Annual administration and progress report of the Indian Medical Department, Bombay
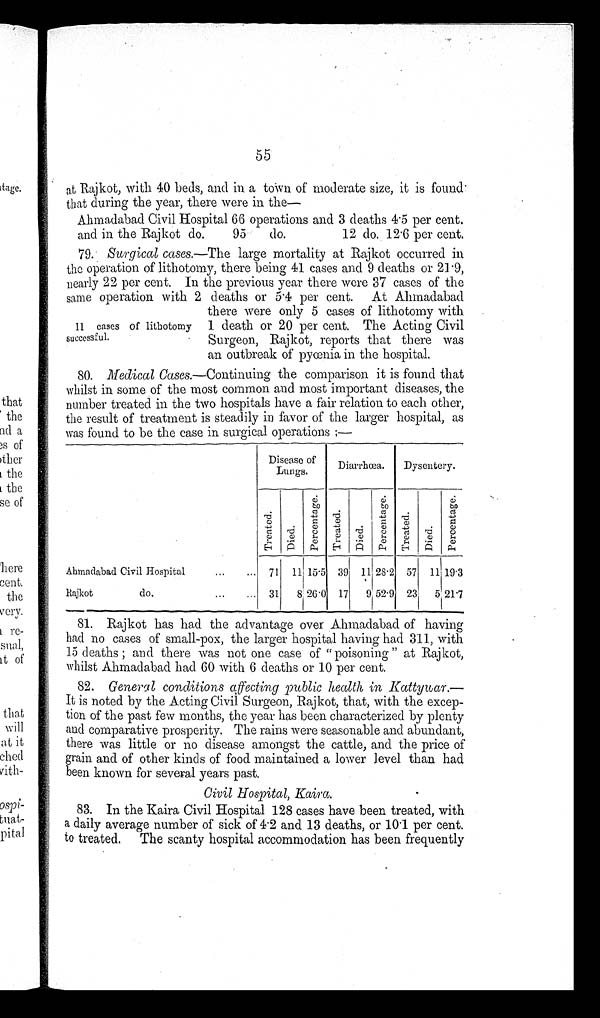
55
at Rajkot, with 40 beds, and in a town of moderate size, it is found
that during the year, there were in the—
Ahmadabad Civil Hospital 66 operations and 3 deaths 4.5 per cent.
and in the Rajkot do.
95
do.
12 do. 12.6
per cent.
79.
Surgical cases.—The large mortality at Rajkot occurred in
the operation of lithotomy, there being 41 cases and 9 deaths or 21.9,
nearly 22 per cent. In the previous year there were 37 cases of the
same operation with 2 deaths or 5.4 per cent. At Ahmadabad
there were only 5 cases of lithotomy with
1 death or 20 per cent. The Acting Civil
Surgeon, Rajkot, reports that there was
an outbreak of pyœnia in the hospital.
80. Medical c ases.—Continuing the comparison it is found that
whilst in some of the most common and most important diseases, the
number treated in the two hospitals have a fair relation to each other,
the result of treatment is steadily in favor of the larger hospital, as
was found to be the case in surgical operations:—
Disease of
Lungs.
Diarrhœa.
Dysentery.
T r e a t e d .
D i e d .
P e r c e n t a g e .
T r e a t e d .
D i e d .
P e r c e n t a g e .
Tr e a t e d .
D i e d .
Pe r c e nt a ge .
Ahmadabad Civil Hospital . . . 71
1 1
1 5 . 5 39
11 28.2
57
11 19.3
Rajkot
do. . . . 31
8 26.0
17
9 52.9
23
5 21.7
81. Rajkot has had the advantage over Ahmadabad of having
had no cases of small-pox, the larger hospital having had 311, with
15 deaths; and there was not one case of "poisoning" at Rajkot,
whilst Ahmadabad had 60 with 6 deaths or 10 per cent.
82.
General conditions affecting public health in Kattywar.—
It is noted by the Acting Civil Surgeon, Rajkot, that, with the excep
- t i o n o f t h e p a s t f e w m o n t h s , t h e y e a r h a s b e e n c h a r a c t e r i z e d b y p l e n t y
and comparative prosperity. The rains were seasonable and abundant,
there was little or no disease amongst the cattle, and the price of
grain and of other kinds of food maintained a lower level than had
been known for several years past.
Civil Hospital, Kaira
.
83.
In the Kaira Civil Hospital 128 cases have been treated, with
a daily average number of sick of 4.2 and 13 deaths, or 10.1 per cent.
to treated. The scanty hospital accommodation has been frequently
11 cases of lithotomy
successful.